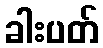
ခါးပတ်